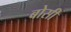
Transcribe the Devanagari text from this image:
बोसी